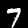
Label: 7